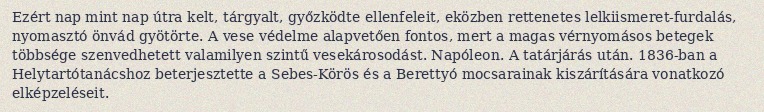
Ezért nap mint nap útra kelt, tárgyalt, győzködte ellenfeleit, eközben rettenetes lelkiismeret-furdalás, nyomasztó önvád gyötörte. A vese védelme alapvetően fontos, mert a magas vérnyomásos betegek többsége szenvedhetett valamilyen szintű vesekárosodást. Napóleon. A tatárjárás után. 1836-ban a Helytartótanácshoz beterjesztette a Sebes-Körös és a Berettyó mocsarainak kiszárítására vonatkozó elképzeléseit.